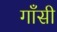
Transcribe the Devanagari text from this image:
गाँसी